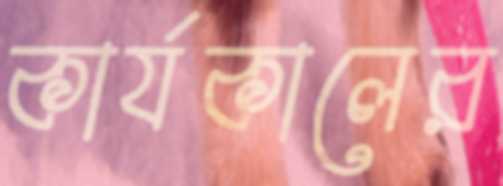
কার্যকালের